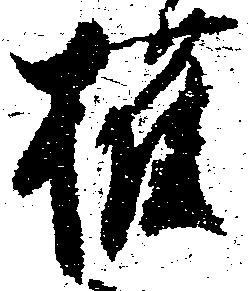
権